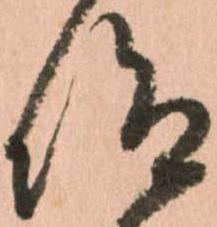
仰